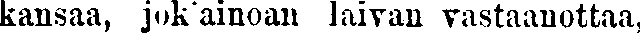
kansaa, jok'ainoan laivan vastaanottaa,